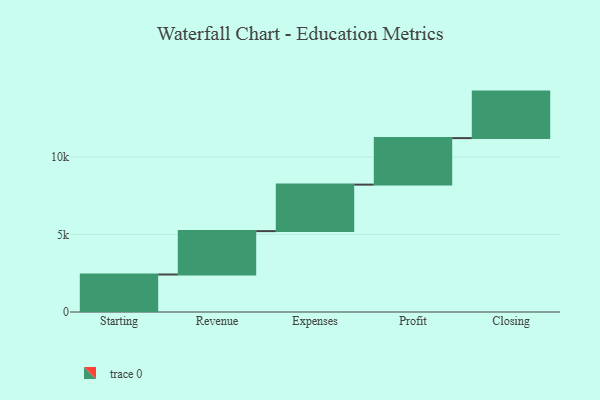
{"axis": {"x": "Step", "y": "Value"}, "legend": [""], "data": [{"x": "Starting", "y": 2419.0, "type": ""}, {"x": "Revenue", "y": 2798.0, "type": ""}, {"x": "Expenses", "y": 3000, "type": ""}, {"x": "Profit", "y": 3000, "type": ""}, {"x": "Closing", "y": 3000, "type": ""}]}